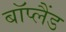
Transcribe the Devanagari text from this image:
बॉप्लैंड